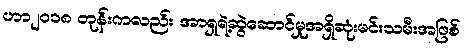
ဟာ၂၀၁၈ တုန်းကလည်း အာရှရဲ့ဆွဲဆောင်မှုအရှိဆုံးမင်းသမီးအဖြစ်